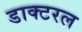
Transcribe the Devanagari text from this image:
डाक्टरल